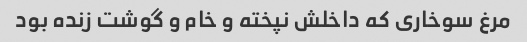
مرغ سوخاری که داخلش نپخته و خام و گوشت زنده بود